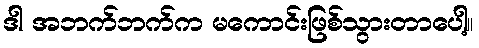
ဒါ အဘက်ဘက်က မကောင်းဖြစ်သွားတာပေါ့။